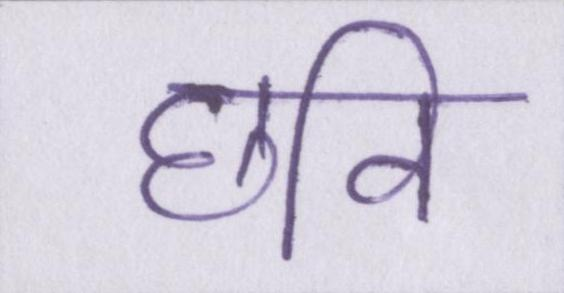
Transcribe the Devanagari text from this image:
छवि